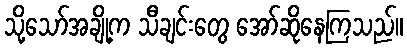
သို့သော်အချို့က သီချင်းတွေ အော်ဆိုနေကြသည်။